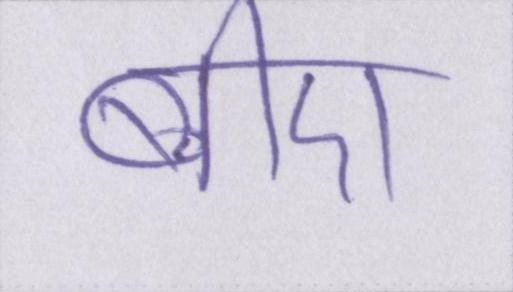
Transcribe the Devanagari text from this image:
बीए